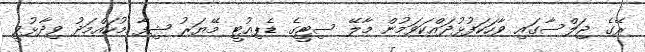
ރޭގެ ޖަލްސާގައި ވާހަކަފުޅުދައްކަވަމުން މާލޭ ސިޓީގެ ޑެޕިއުޓީ މޭޔަރު ޝިފާ މުހައްމަދު ވިދާޅުވީ